Epidemic dropsy in Calcutta - Number 45
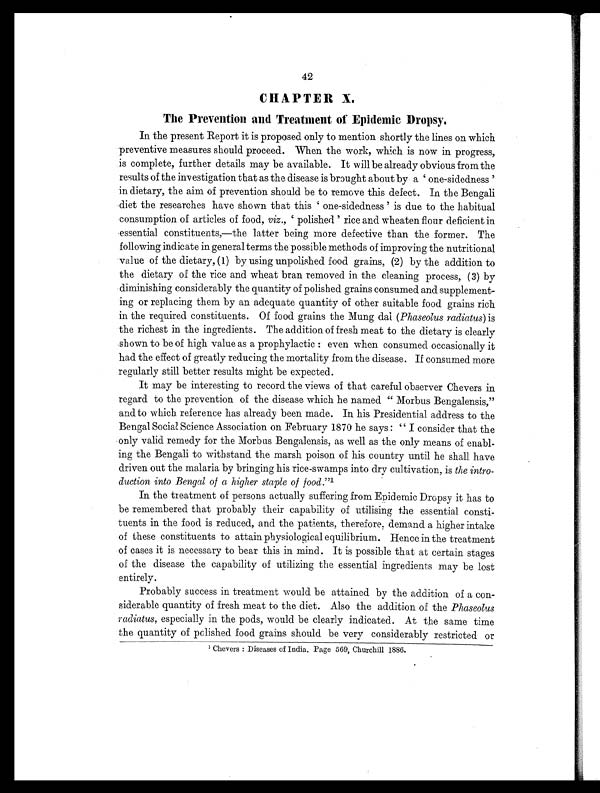
42
CHAPTER X.
The Prevention and Treatment of Epidemic Dropsy.
In the present Report it is proposed only to mention shortly the lines on which
preventive measures should proceed. When the work, which is now in progress,
is complete, further details may be available. It will be already obvious from the
results of the investigation that as the disease is brought about by a ' one-sidedness '
in dietary, the aim of prevention should be to remove this defect. In the Bengali
diet the researches have shown that this ' one-sidedness ' is due to the habitual
consumption of articles of food, viz . , ' p o l i s h e d ' r i c e a n d w h e a t e n f l o u r d e f i c i e n t i n
essential constituents,—the latter being more defective than the former. The
following indicate in general terms the possible methods of improving the nutritional
value of the dietary, (1) by using unpolished food grains, (2) by the addition to
the dietary of the rice and wheat bran removed in the cleaning process, (3) by
diminishing considerably the quantity of polished grains consumed and supplement-
ing or replacing them by an adequate quantity of other suitable food grains rich
in the required constituents. Of food grains the Mung dal (Phaseolus radiatus) is
the richest in the ingredients. The addition of fresh meat to the dietary is clearly
shown to be of high value as a prophylactic : even when consumed occasionally it
had the effect of greatly reducing the mortality from the disease. If consumed more
regularly still better results might be expected.
It may be interesting to record the views of that careful observer Chevers in
regard to the prevention of the disease which he named " Morbus Bengalensis,"
and to which reference has already been made. In his Presidential address to the
Bengal Social Science Association on February 1870 he says : " I consider that the
only valid remedy for the Morbus Bengalensis, as well as the only means of enabl-
ing the Bengali to withstand the marsh poison of his country until he shall have
driven out the malaria by bringing his rice-swamps into dry cultivation, is the intro-
duction into Bengal of a higher staple of food.” 1
In the treatment of persons actually suffering from Epidemic Dropsy it has to
be remembered that probably their capability of utilising the essential consti-
tuents in the food is reduced, and the patients, therefore, demand a higher intake
of these constituents to attain physiological equilibrium. Hence in the treatment
of cases it is necessary to bear this in mind. It is possible that at certain stages
of the disease the capability of utilizing the essential ingredients may be lost
entirely.
Probably success in treatment would be attained by the addition of a con-
siderable quantity of fresh meat to the diet. Also the addition of the Phaseolus
radiatus, especially in the pods, would be clearly indicated. At the same time
the quantity of polished food grains should be very considerably restricted or